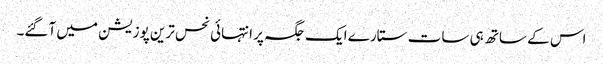
اس کے ساتھ ہی سات ستارے ایک جگہ پر انتہائی نحس ترین پوزیشن میں آگئے۔